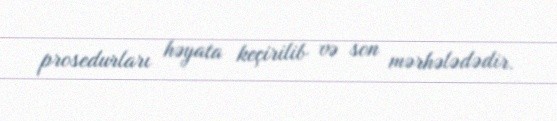
prosedurları həyata keçirilib və son mərhələdədir.